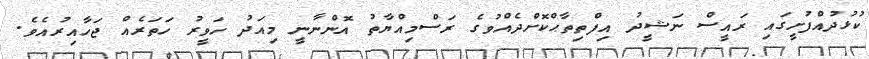
ކުޅުދުއްފުށީގައި ރައީސް ނަޝީދު އިފްތިތާޙްކޮށްދެއްވުގެ ރަސްމިއްޔާތު އޮންނާނީ މިއަދު ހަވީރު ހަތަރެއް ޖަހާއިރުއެވެ.